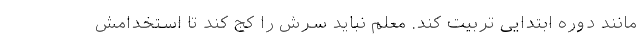
مانند دوره ابتدایی تربیت کند. معلم نباید سرش را کج کند تا استخدامش